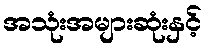
အသုံးအများဆုံးနှင့်